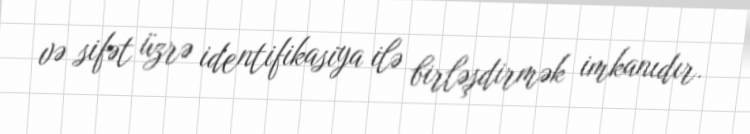
və sifət üzrə identifikasiya ilə birləşdirmək imkanıdır.